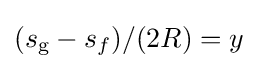
(s_{\text{g}}-s_{f})/(2R)=y